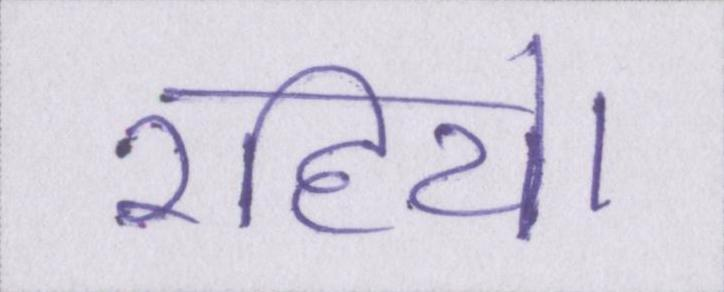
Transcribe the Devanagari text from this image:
रहिये।